Report on the cholera epidemic of
Year: 1868
Disease focus: Cholera
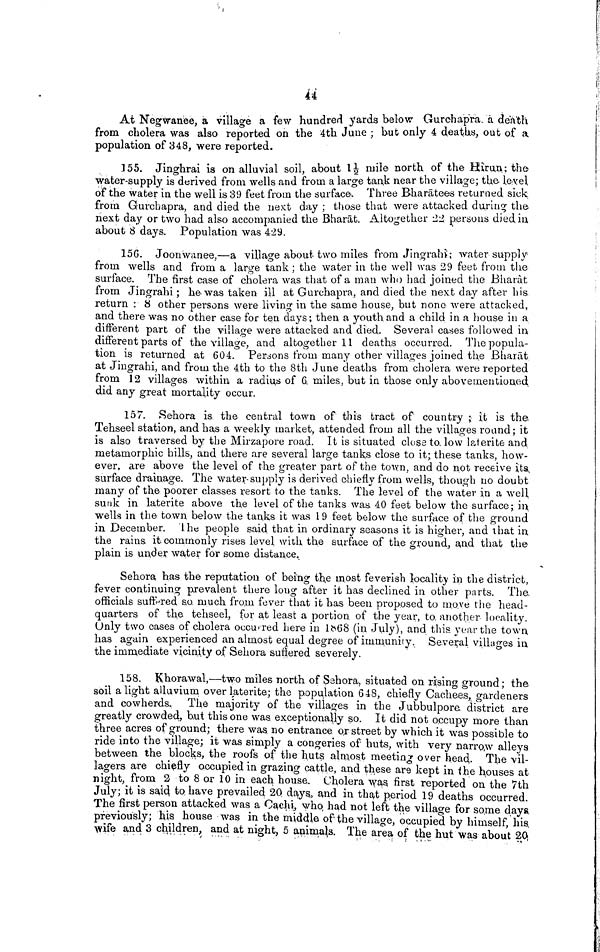
44
At Negwariee, a village a few hundred yards below Gurchapra a death
from cholera was also reported on the 4th June ; but only 4 deaths, out of a
population of 348, were reported.
155. Jinghrai is on alluvial soil, about 1½ mile north of the Hîrun; the
water-supply is derived from wells and from a large tank near the village; the level
of the water in the well is 39 feet from the surface. Three Bharatees returned sick.
from Gurchapra, and died the next day ; those that were attacked during the
next day or two had also accompanied the Bharat. Altogether 22 persons died in
about 8 days. Population was 429.
156. Joonwanee,—a village about two miles from Jingrahi; water supply
from wells and from a large tank ; the water in the well was 29 feet from the.
surface. The first case of cholera was that of a man who had joined the Bharat
from Jingrahi ; he was taken ill at Gurchapra, and died the next day after his
return : 8 other persons were living in the same house, but none were attacked,
and there was no other case for ten days ; then a youth and a child in a house in a
different part of the village were attacked and died. Several cases followed in
different parts of the village, and altogether 11 deaths occurred. The popula-
tion is returned at 604. Persons from many other villages joined the Bharat
at Jingrahi, and from the 4th to the 8th June deaths from cholera were reported
from 12 villages within a radius of 6 miles, but in those only abovernentioned
did any great mortality occur.
157. Sehora is the central town of this tract of country ; it is the.
Tehseel station, and has a weekly market, attended from all the villages round; it
is also traversed by the Mirzapore road. It is situated class to, low laterite and
metamorphic hills, and there are several large tanks close to it; these tanks, how-
ever, are above the level of the greater part of the town, and do not receive its,
surface drainage. The water-supply is derived chiefly from wells, though no doubt
many of the poorer classes resort to the tanks. The level of the water in a well
sunk in latérite above the level of the tanks was 40 feet below the surface; in
wells in the town below the tanks it was 19 feet below the surface of the ground
in December. The people said that in ordinary seasons it is higher, and that in
the rains, it commonly rises level, with the surface of the ground, and that the
plain is under water for some distance.
Sehora has the reputation of being the most feverish locality in the district,
fever continuing prevalent there long after it has declined in other parts. The,
officials suffered so, much from fever that it has been proposed to move the head-
quarters of the tehseel, for at least a portion, of the year, to, another locality.
Only two cases of cholera occured here in 1868 (in July), and this, year the town
has again experienced an almost equal degree of immunity. Several villages in
the immediate vicinity of Sehora suffered severely.
158. Khorawal,—two miles north of Sehora, situated on rising ground; the
soil a light alluvium over latérite; the population 648, chiefly Cachees, gardeners
and cowherds. The majority of the villages in the Jubbulpore, district are
greatly crowded, but this one was. exceptionally so. It did not occupy more than
three acres of ground; there was no entrance or street by which it was possible to
ride into the village; it was simply a congeries of huts, with very narrow alleys
between the blocks, the roofs of the huts almost meeting over head. The vil-
lagers are chiefly occupied in grazing cattle, and these are kept in the houses at
night, from 2 to 8 or 10 in each house. Cholera was, first reported on the 7th
July; it is said to have prevailed 20 days, and in that period 19 deaths occurred.
The first person attacked was a Cachi, who had not left the village for some days
previously; his house was in the middle of the village, occupied by himself, his.
wife and 3 children, and at night, 5 animals. The area of the hut was about 20